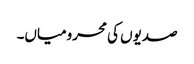
صدیوں کی محرومیاں۔